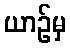
ယာဉ်မှ